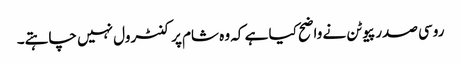
روسی صدر پیوٹن نے واضح کیا ہے کہ وہ شام پر کنٹرول نہیں چاہتے۔